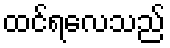
ထင်ရလေသည်